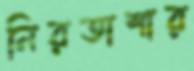
নিরতাশার